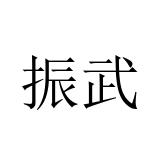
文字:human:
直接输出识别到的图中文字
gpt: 振武